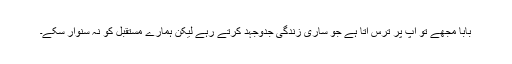
بابا مجھے تو آپ پر ترس آتا ہے جو ساری زندگی جدوجہد کرتے رہے لیکن ہمارے مستقبل کو نہ سنوار سکے۔